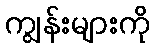
ကျွန်းများကို